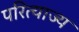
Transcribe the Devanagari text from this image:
परित्याज्य